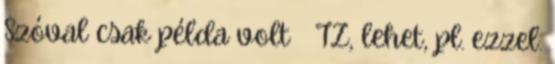
Szóval csak példa volt 🙂 TZ, lehet, pl. ezzel.